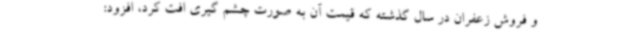
و فروش زعفران در سال گذشته که قیمت آن به صورت چشم گیری افت کرد، افزود: